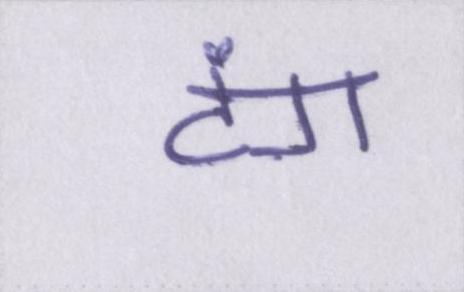
टंग